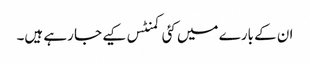
ان کے بارے میں کئی کمنٹس کیے جا رہے ہیں۔